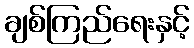
ချစ်ကြည်ရေးနှင့်